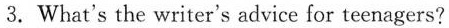
3. What's the writer's advice for teenagers?